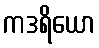
ကဒရိယော